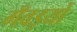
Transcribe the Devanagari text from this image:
गँवइयों